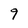
Character: 9